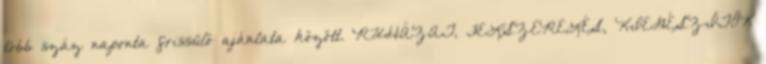
több száz naponta frissülő ajánlata között. RUHÁZAT, FELSZERELÉS, KIEGÉSZÍTŐK